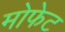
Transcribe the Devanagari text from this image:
मोफेट